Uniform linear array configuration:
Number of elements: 16
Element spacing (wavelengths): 1
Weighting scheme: cosine
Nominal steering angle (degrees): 0
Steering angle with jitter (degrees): -0.02289
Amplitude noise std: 0.05
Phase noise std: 0.05

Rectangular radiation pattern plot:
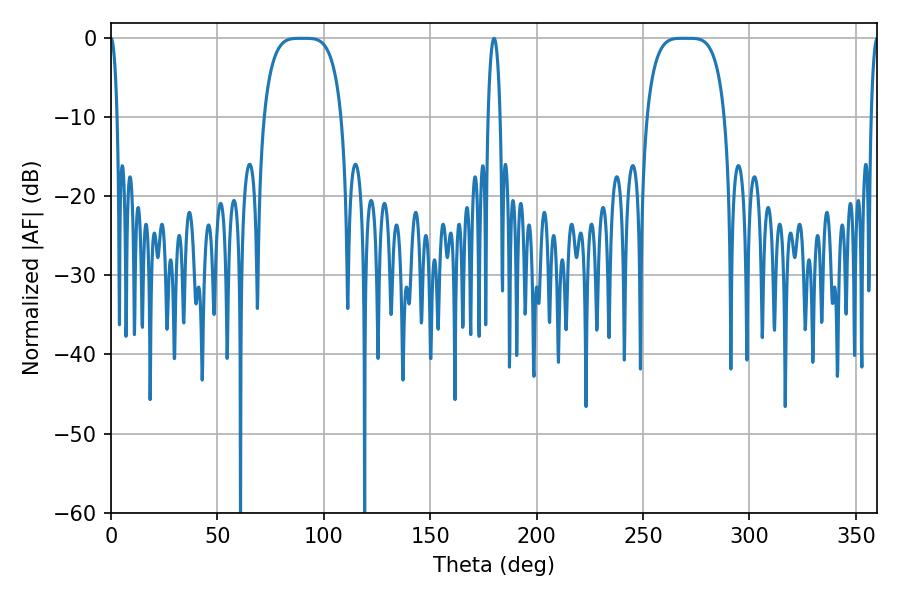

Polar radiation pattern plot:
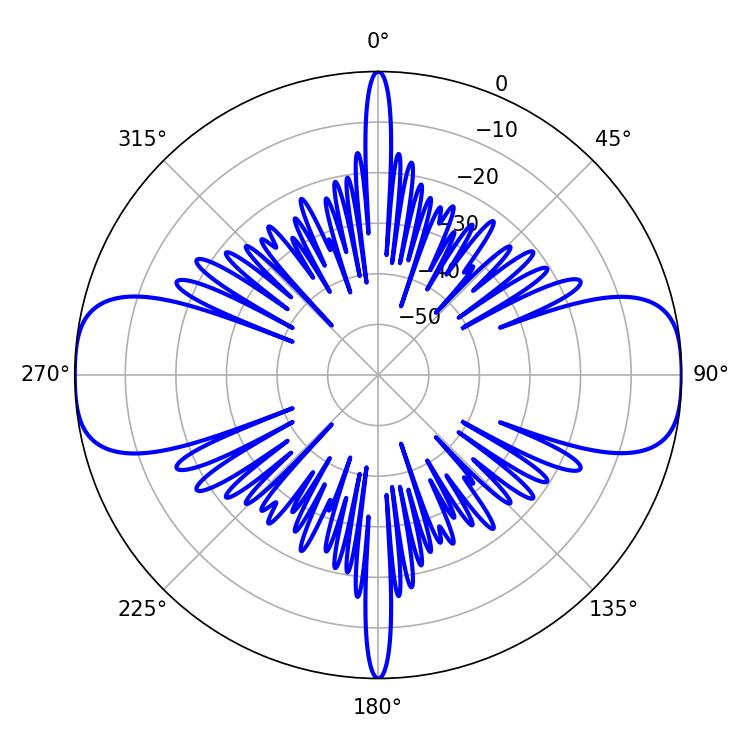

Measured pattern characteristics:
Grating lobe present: TRUE
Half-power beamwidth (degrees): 27.72
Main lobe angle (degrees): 268.74